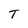
Character: T